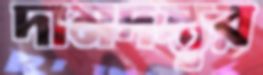
দামদস্তুর